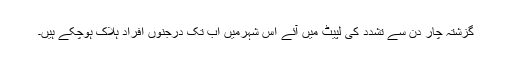
گزشتہ چار دن سے تشدد کی لپیٹ میں آئے اس شہرمیں اب تک درجنوں افراد ہلاک ہوچکے ہیں۔